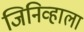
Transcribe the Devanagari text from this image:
जिनिव्हाला